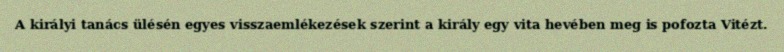
A királyi tanács ülésén egyes visszaemlékezések szerint a király egy vita hevében meg is pofozta Vitézt.